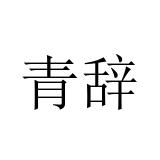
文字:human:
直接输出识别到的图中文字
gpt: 青辞